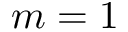
m = 1